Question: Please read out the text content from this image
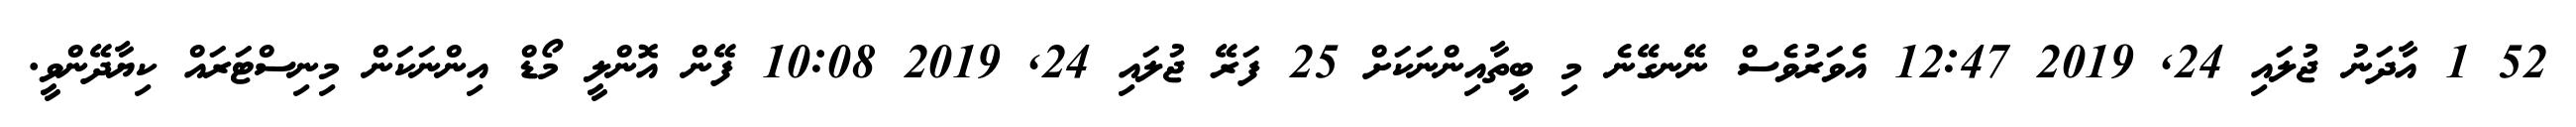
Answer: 52 1 އާދަނު ޖުލައި 24, 2019 12:47 އެވަރުވެސް ނޭނގޭނެ މި ބީތާއިންނަކަށް 25 ފަރޭ ޖުލައި 24, 2019 10:08 ފޭން އޮންލީ މޯޑް އިންނަކަން މިނިސްޓަރައް ކިޔާދޭންވީ.